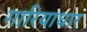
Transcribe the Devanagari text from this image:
गारियाधार